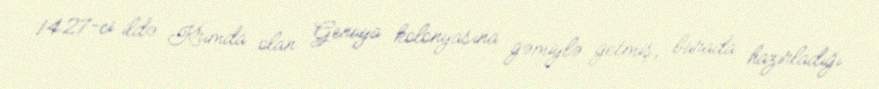
1427-ci ildə Krımda olan Genuya kolonyasına gəmiylə getmiş, burada hazırladığı